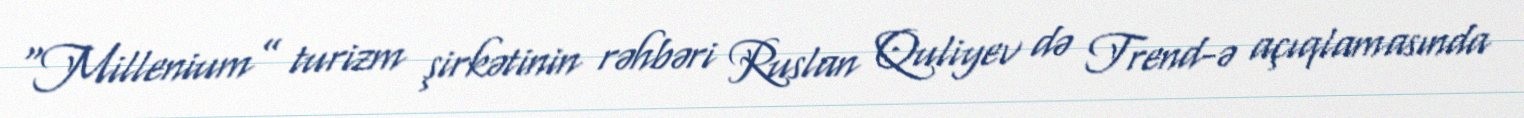
“Millenium” turizm şirkətinin rəhbəri Ruslan Quliyev də Trend-ə açıqlamasında